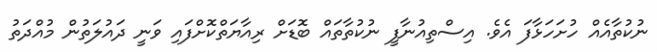
ނުކުތާއެއް ހުށަހަޅާފަ އެވެ. އިސްތިއުނާފީ ނުކުތާތައް ބޮޑަށް ރިއާޔަތްކޮށްފައި ވަނީ ދައުލަތުން މުއްދަތު